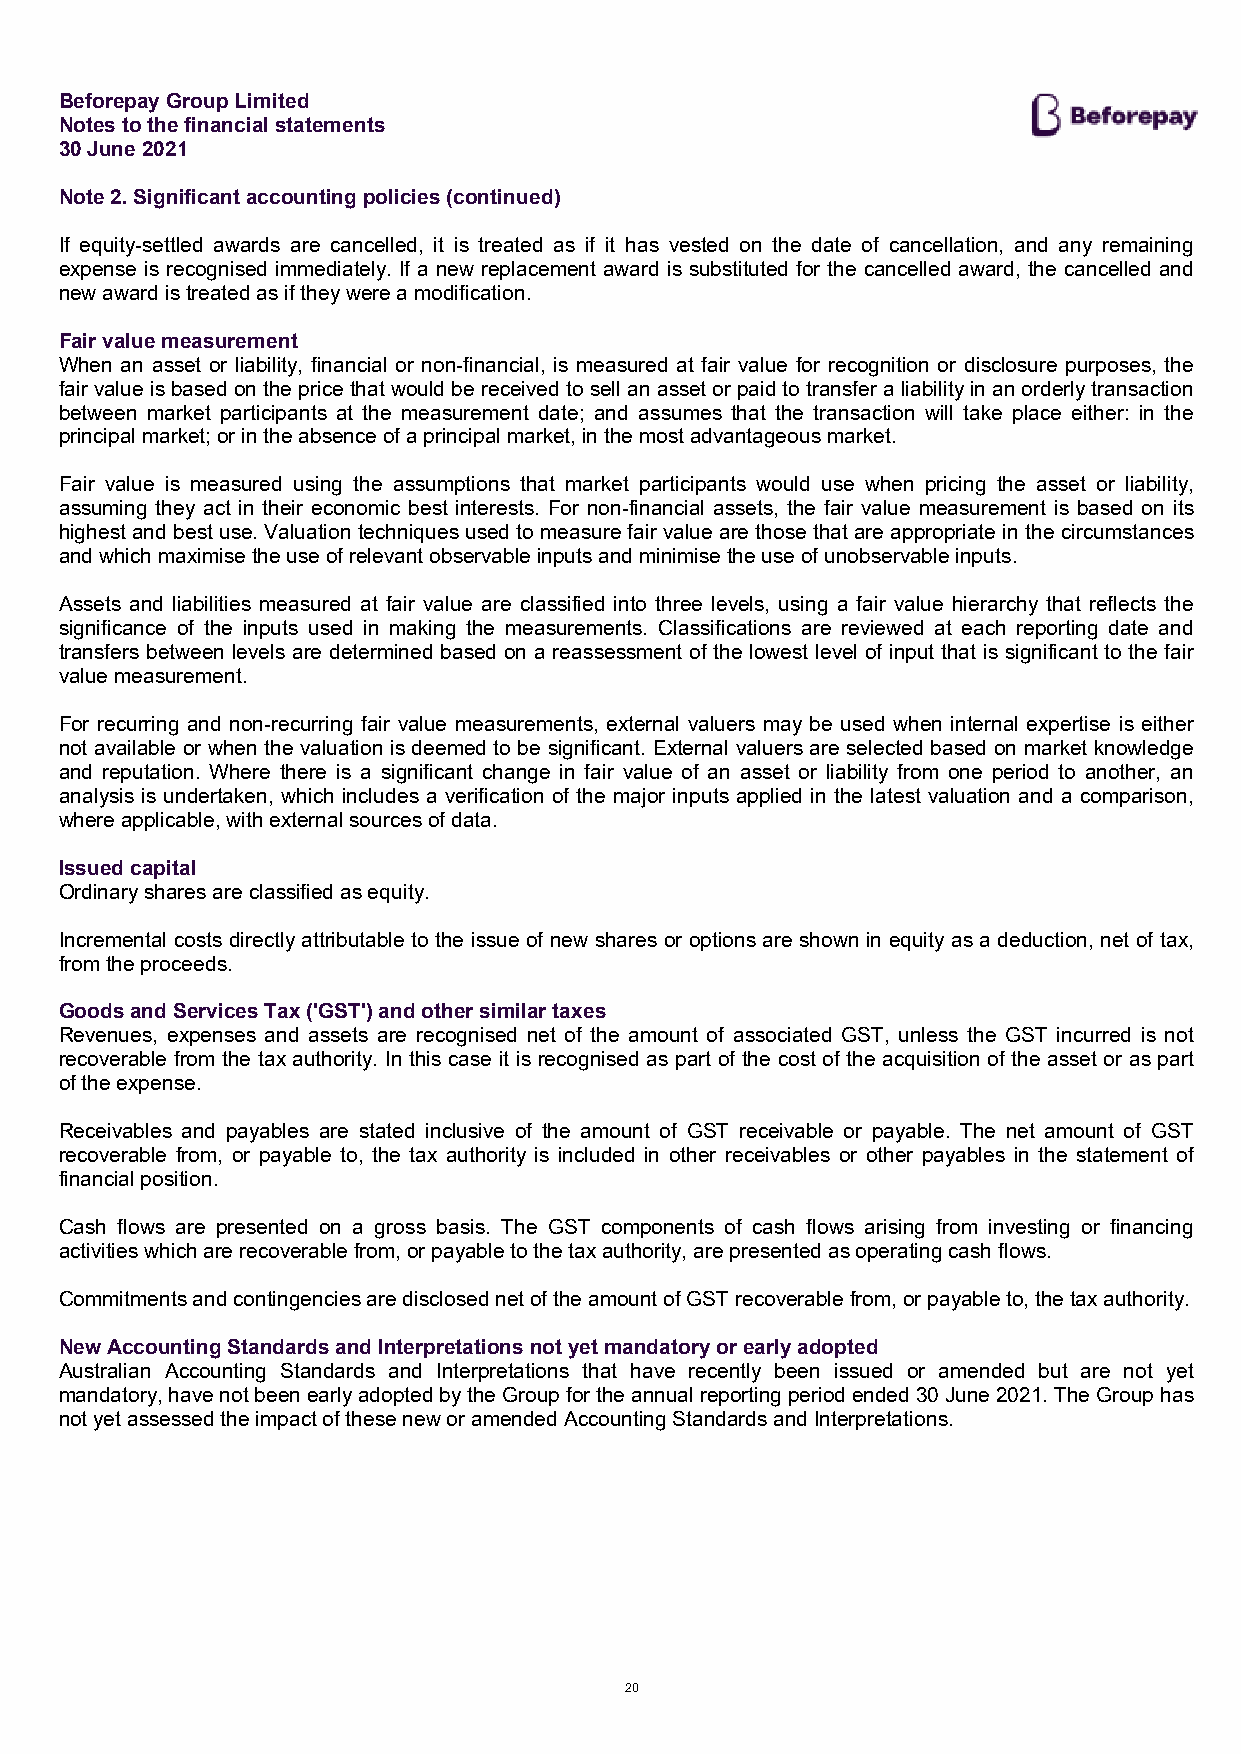
Beforepay Group Limited
 Notes to the financial statements
 30 June 2021
 Note 2. Significant accounting policies (continued)
 If equity-settled awards are cancelled, it is treated as if it has vested on the date of cancellation, and any remaining
 expense is recognised immediately. If a new replacement award is substituted for the cancelled award, the cancelled and
 new award is treated as if they were a modification.
 Fair value measurement
 When an asset or liability, financial or non-financial, is measured at fair value for recognition or disclosure purposes, the
 fair value is based on the price that would be received to sell an asset or paid to transfer a liability in an orderly transaction
 between market participants at the measurement date; and assumes that the transaction will take place either: in the
 principal market; or in the absence of a principal market, in the most advantageous market.
 Fair value is measured using the assumptions that market participants would use when pricing the asset or liability,
 assuming they act in their economic best interests. For non-financial assets, the fair value measurement is based on its
 highest and best use. Valuation techniques used to measure fair value are those that are appropriate in the circumstances
 and which maximise the use of relevant observable inputs and minimise the use of unobservable inputs.
 Assets and liabilities measured at fair value are classified into three levels, using a fair value hierarchy that reflects the
 significance of the inputs used in making the measurements. Classifications are reviewed at each reporting date and
 transfers between levels are determined based on a reassessment of the lowest level of input that is significant to the fair
 value measurement.
 For recurring and non-recurring fair value measurements, external valuers may be used when internal expertise is either
 not available or when the valuation is deemed to be significant. External valuers are selected based on market knowledge
 and reputation. Where there is a significant change in fair value of an asset or liability from one period to another, an
 analysis is undertaken, which includes a verification of the major inputs applied in the latest valuation and a comparison,
 where applicable, with external sources of data.
 Issued capital
 Ordinary shares are classified as equity.
 Incremental costs directly attributable to the issue of new shares or options are shown in equity as a deduction, net of tax,
 from the proceeds.
 Goods and Services Tax ('GST') and other similar taxes
 Revenues, expenses and assets are recognised net of the amount of associated GST, unless the GST incurred is not
 recoverable from the tax authority. In this case it is recognised as part of the cost of the acquisition of the asset or as part
 of the expense.
 Receivables and payables are stated inclusive of the amount of GST receivable or payable. The net amount of GST
 recoverable from, or payable to, the tax authority is included in other receivables or other payables in the statement of
 financial position.
 Cash flows are presented on a gross basis. The GST components of cash flows arising from investing or financing
 activities which are recoverable from, or payable to the tax authority, are presented as operating cash flows.
 Commitments and contingencies are disclosed net of the amount of GST recoverable from, or payable to, the tax authority.
 New Accounting Standards and Interpretations not yet mandatory or early adopted
 Australian Accounting Standards and Interpretations that have recently been issued or amended but are not yet
 mandatory, have not been early adopted by the Group for the annual reporting period ended 30 June 2021. The Group has
 not yet assessed the impact of these new or amended Accounting Standards and Interpretations.
 20